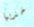
خذيها